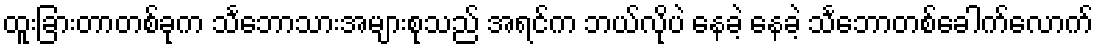
ထူးခြားတာတစ်ခုက သင်္ဘောသားအများစုသည် အရင်က ဘယ်လိုပဲ နေခဲ့ နေခဲ့ သင်္ဘောတစ်ခေါက်လောက်